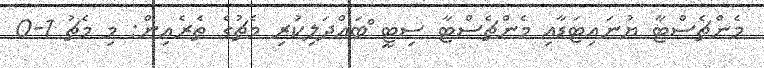
މެންޗެސްޓާ ޔުނައިޓަޑާއި މެންޗެސްޓާ ސިޓީ ްބައްދަލިކުރި މެޗުގެ ތެރެއިން: މި މެޗު 1-0